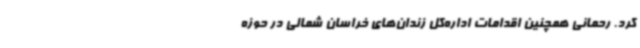
کرد. رحمانی همچنین اقدامات اداره‌کل زندان‌های خراسان شمالی در حوزه